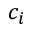
c _ { i }